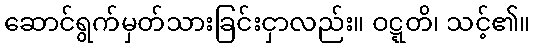
ဆောင်ရွက်မှတ်သားခြင်းငှာလည်း။ ဝဋ္ဋတိ၊ သင့်၏။